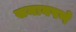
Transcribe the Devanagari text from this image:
समानपणे